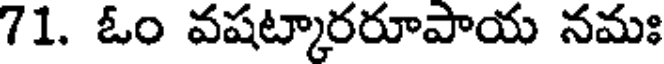
71. ఓం వషట్కారరూపాయ నమః